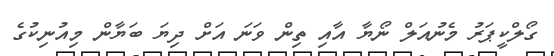
ގޯލްކީޕަރު މެނުއަލް ނޯޔާ އާއި ތިން ވަނަ އަށް ދިޔަ ބަޔާން މިއުނިކުގެ